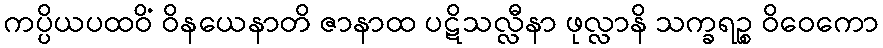
ကပ္ပိယပထဝိံ ဝိနယေနာတိ ဇာနာထ ပဋိသလ္လီနာ ဖုလ္လာနိ သက္ခရဉ္စ ဝိဝေကော